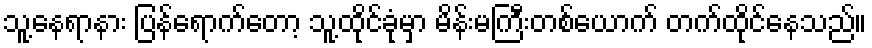
သူ့နေရာနား ပြန်ရောက်တော့ သူ့ထိုင်ခုံမှာ မိန်းမကြီးတစ်ယောက် တက်ထိုင်နေသည်။